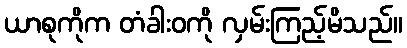
ယာစုကိုက တံခါးဝကို လှမ်းကြည့်မိသည်။